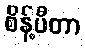
စိန့်ပီတာ